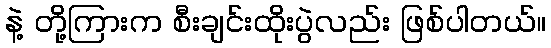
နဲ့ တို့ကြားက စီးချင်းထိုးပွဲလည်း ဖြစ်ပါတယ်။